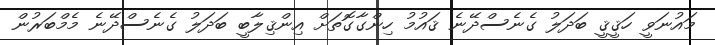
މައުނަވީ ހަޤީޤީ ބަދަލު ގެނެސްދޭނެ ޤައުމު ހިންގާގޮތަށް އިންޤިލާބީ ބަދަލު ގެނެސްދޭނެ މެމްބަރުން